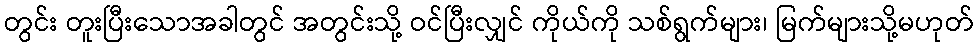
တွင်း တူးပြီးသောအခါတွင် အတွင်းသို့ ဝင်ပြီးလျှင် ကိုယ်ကို သစ်ရွက်များ၊ မြက်များသို့မဟုတ်